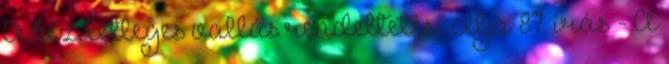
A kezdetleges vallás rendeltetési célja 87. írás - A